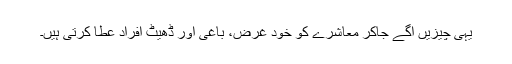
یہی چیزیں آگے جاکر معاشرے کو خود غرض، باغی اور ڈھیٹ افراد عطا کرتی ہیں۔